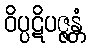
ဝိပ္ပဋိပဇ္ဇန္တံ